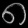
Digit: ၈